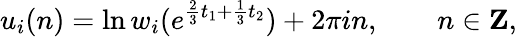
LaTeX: u_{i}(n)=\ln w_{i}(e^{\frac{2}{3}t_{1}+\frac{1}{3}t_{2}})+2\pi in,\qquad n\in{\mathbf Z},